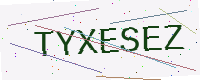
Text: TYXESEZ